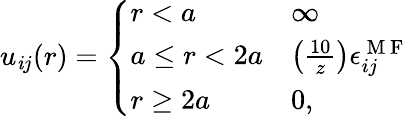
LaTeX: u_{\mathit{i}j}(r)=\left\{ \begin{array}{ll}{r<a}&{\infty}\\ {a\le r<2a}&{\left(\frac{10}{z}\right)\epsilon_{ij}^{\mathrm{~M~F~}}}\\ {r\ge 2a}&{0,}\end{array}\right.